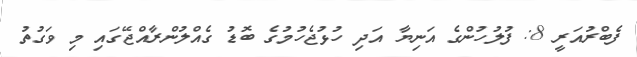
ފެބްރުއަރީ 8: ފުލުހުންގެ އަނިޔާ އަދި ހުޅުޖެހުމުގެ ބޮޑު ގެއްލުންރާއްޖޭގައި މި ވަގުތު